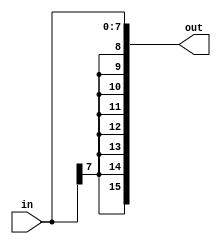
`timescale 1ns/100ps

module SignExtend (
	input [7:0] in,
	output[15:0] out
);

assign out = {{8{in[7]}}, in };

endmodule